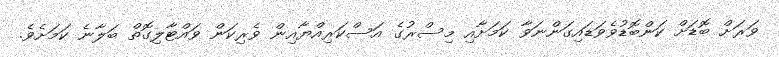
ވަރަށް ބޮޑަށް ކަންބޮޑުވެވަޑައިގަންނަވާ ކަމަށާއި މިސްރުގެ އަސްކަރިއްޔާއިން ވެރިކަން ވައްޓާލިގޮތް ބަލާނެ ކަމަށެވެ.